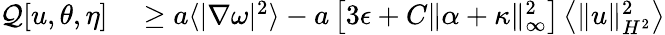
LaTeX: \begin{array}{rl}{\mathcal{Q}[u,\theta,\eta]}&{{}\geq a\langle|\nabla\omega|^{2}\rangle-a\left[3\epsilon+C\| \alpha+\kappa\| _{\infty}^{2}\right]\left\langle\| u\| _{H^{2}}^{2}\right\rangle}\end{array}